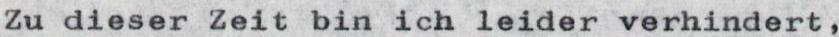
Zu dieser Zeit bin ich leider verhindert,